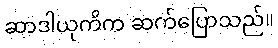
ဆာဒါယုကိက ဆက်ပြောသည်။